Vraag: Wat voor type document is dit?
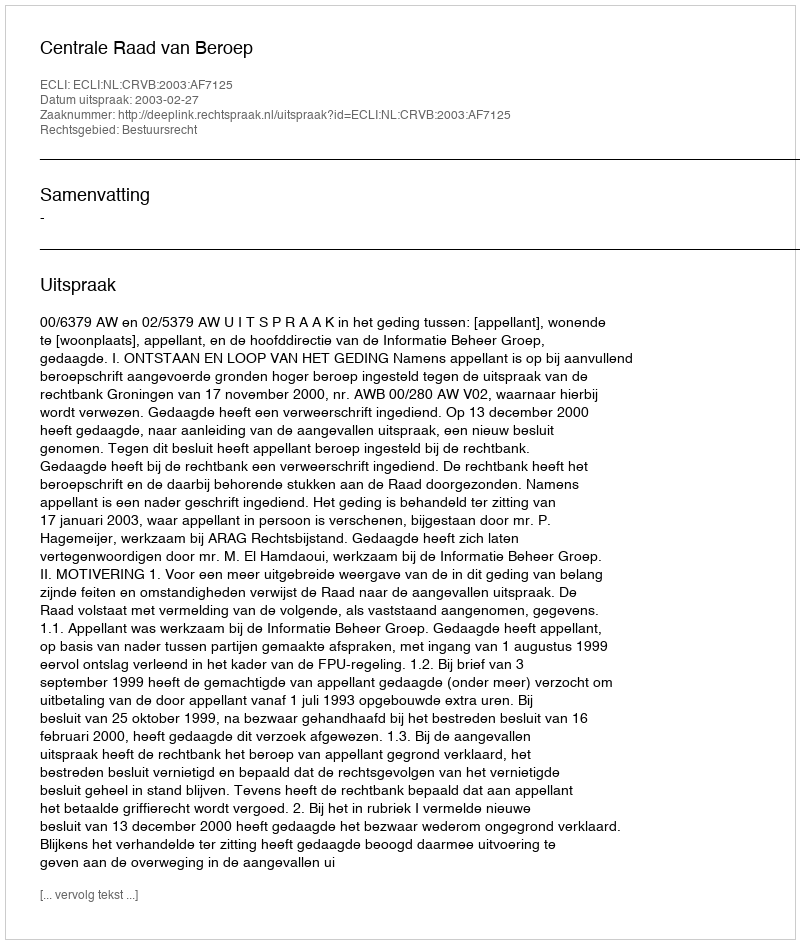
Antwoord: Uitspraak